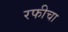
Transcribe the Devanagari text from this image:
रफीचा